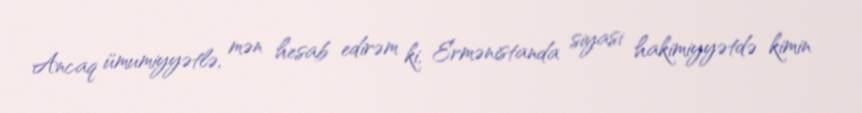
Ancaq ümumiyyətlə, mən hesab edirəm ki, Ermənistanda siyasi hakimiyyətdə kimin